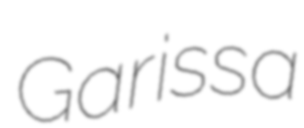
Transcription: Garissa